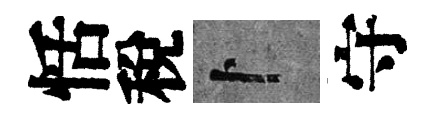
恬稅卜守